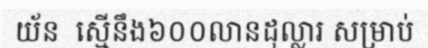
យ័ន  ស្មើនឹង៦០០លានដុល្លារ សម្រាប់